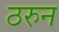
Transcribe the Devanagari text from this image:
ठरुन